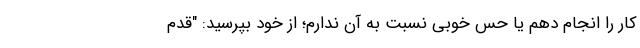
کار را انجام دهم یا حس خوبی نسبت به آن ندارم؛ از خود بپرسید: "قدم